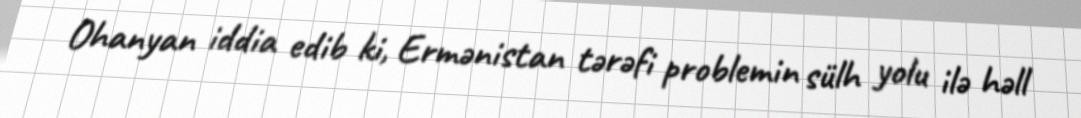
Ohanyan iddia edib ki, Ermənistan tərəfi problemin sülh yolu ilə həll